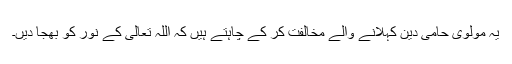
یہ مولوی حامی دین کہلانے والے مخالفت کر کے چاہتے ہیں کہ اللہ تعالیٰ کے نور کو بھجا دیں۔